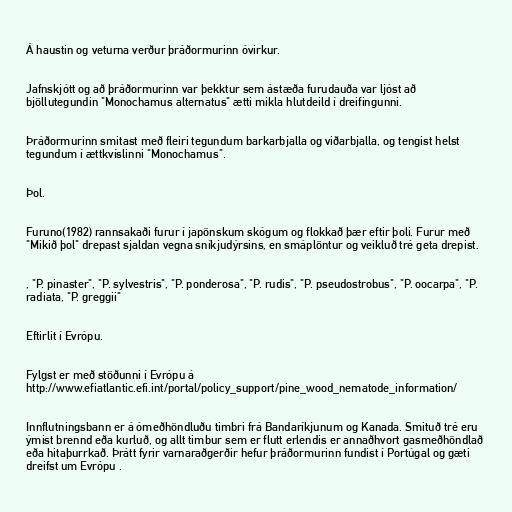
Á haustin og veturna verður þráðormurinn óvirkur.

Jafnskjótt og að þráðormurinn var þekktur sem ástæða furudauða var ljóst að
bjöllutegundin "Monochamus alternatus" ætti mikla hlutdeild í dreifingunni.

Þráðormurinn smitast með fleiri tegundum barkarbjalla og viðarbjalla, og tengist helst
tegundum í ættkvíslinni "Monochamus".

Þol.

Furuno(1982) rannsakaði furur í japönskum skógum og flokkað þær eftir þoli. Furur með
"Mikið þol" drepast sjaldan vegna sníkjudýrsins, en smáplöntur og veikluð tré geta drepist.

, "P. pinaster", "P. sylvestris", "P. ponderosa", "P. rudis", "P. pseudostrobus", "P. oocarpa", "P.
radiata, "P. greggii"

Eftirlit í Evrópu.

Fylgst er með stöðunni í Evrópu á
http://www.efiatlantic.efi.int/portal/policy_support/pine_wood_nematode_information/

Innflutningsbann er á ómeðhöndluðu timbri frá Bandaríkjunum og Kanada. Smituð tré eru
ýmist brennd eða kurluð, og allt timbur sem er flutt erlendis er annaðhvort gasmeðhöndlað
eða hitaþurrkað. Þrátt fyrir varnaraðgerðir hefur þráðormurinn fundist í Portúgal og gæti
dreifst um Evrópu .